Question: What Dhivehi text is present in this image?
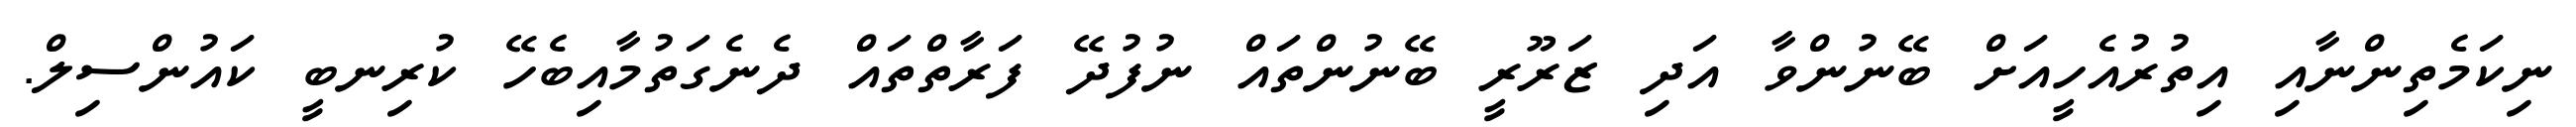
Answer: ނިކަމެތިންނާއި އިތުރުއެހީއަށް ބޭނުންވާ އަދި ޒަރޫރީ ބޭނުންތައް ނުފުދޭ ފަރާތްތައް ދެނެގަތުމާއިބެހޭ ކުރިނބީ ކައުންސިލް.